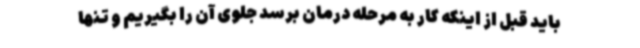
باید قبل از اینکه کار به مرحله درمان برسد جلوی آن را بگیریم و تنها